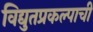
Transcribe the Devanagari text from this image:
विद्युतप्रकल्पाची